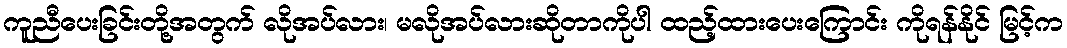
ကူညီပေးခြင်းတို့အတွက် လိုအပ်လား၊ မလိုအပ်လားဆိုတာကိုပါ ထည့်ထားပေးကြောင်း ကိုရန်နိုင် မြင့်က